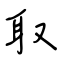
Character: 取